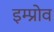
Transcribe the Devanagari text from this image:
इम्प्रोव